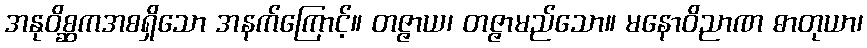
အနုဝိစ္ဆကအစရှိသော အနက်ကြောင့်။ တဇ္ဇာယ၊ တဇ္ဇာမည်သော။ မနောဝိညာဏ ဓာတုယာ၊